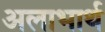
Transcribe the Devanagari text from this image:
अलाभार्थ